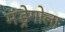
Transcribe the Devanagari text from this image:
मंड्रेगोला